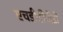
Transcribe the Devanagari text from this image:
एचडीडीवीडी